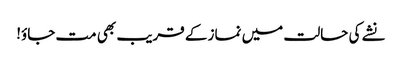
نشے کی حالت میں نماز کے قریب بھی مت جاؤ!